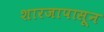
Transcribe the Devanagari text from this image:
शारजापासून